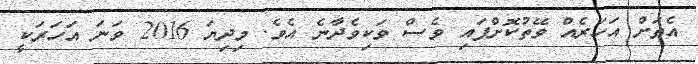
އެތަށް އަހަރެއް ވޭތުކޮށްފައި ވެސް ވަކިވެދާނެ އެވެ. މިދިޔަ 2016 ވަނަ އަހަރަކީ